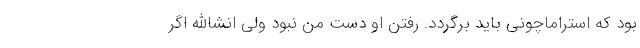
بود که استراماچونی باید برگردد. رفتن او دست من نبود ولی انشاالله اگر